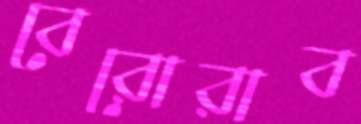
বেরোরাব